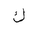
Letter: _kaf